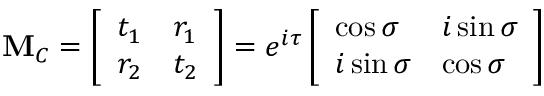
\begin{array} { r } { \mathbf { M } _ { C } = \left[ \begin{array} { l l } { t _ { 1 } } & { r _ { 1 } } \\ { r _ { 2 } } & { t _ { 2 } } \end{array} \right] = e ^ { i \tau } \left[ \begin{array} { l l } { \cos \sigma } & { i \sin \sigma } \\ { i \sin \sigma } & { \cos \sigma } \end{array} \right] } \end{array}